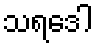
သရဒေါ